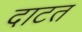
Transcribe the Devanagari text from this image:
दाटत